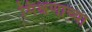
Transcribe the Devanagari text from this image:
मिश्रणाच्या